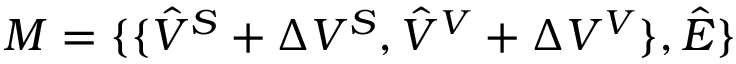
M = \{ \{ \hat { V } ^ { S } + \Delta V ^ { S } , \hat { V } ^ { V } + \Delta V ^ { V } \} , \hat { E } \}